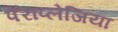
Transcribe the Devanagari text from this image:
पॅराप्लेजिया